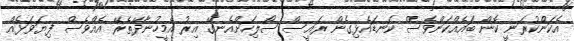
އެކަންކުރަނީ ކޮން ބައެއްކަންވެސް ކަނޑައެޅިގެން ރައީސް ސޯލިހަށްއެނގޭ އިރު އެމީހުނާދޭތެރޭ އެއްވެސް ފިޔަވަޅެއް